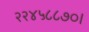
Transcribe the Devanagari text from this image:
२२४५८८७०।